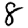
Digit: 8